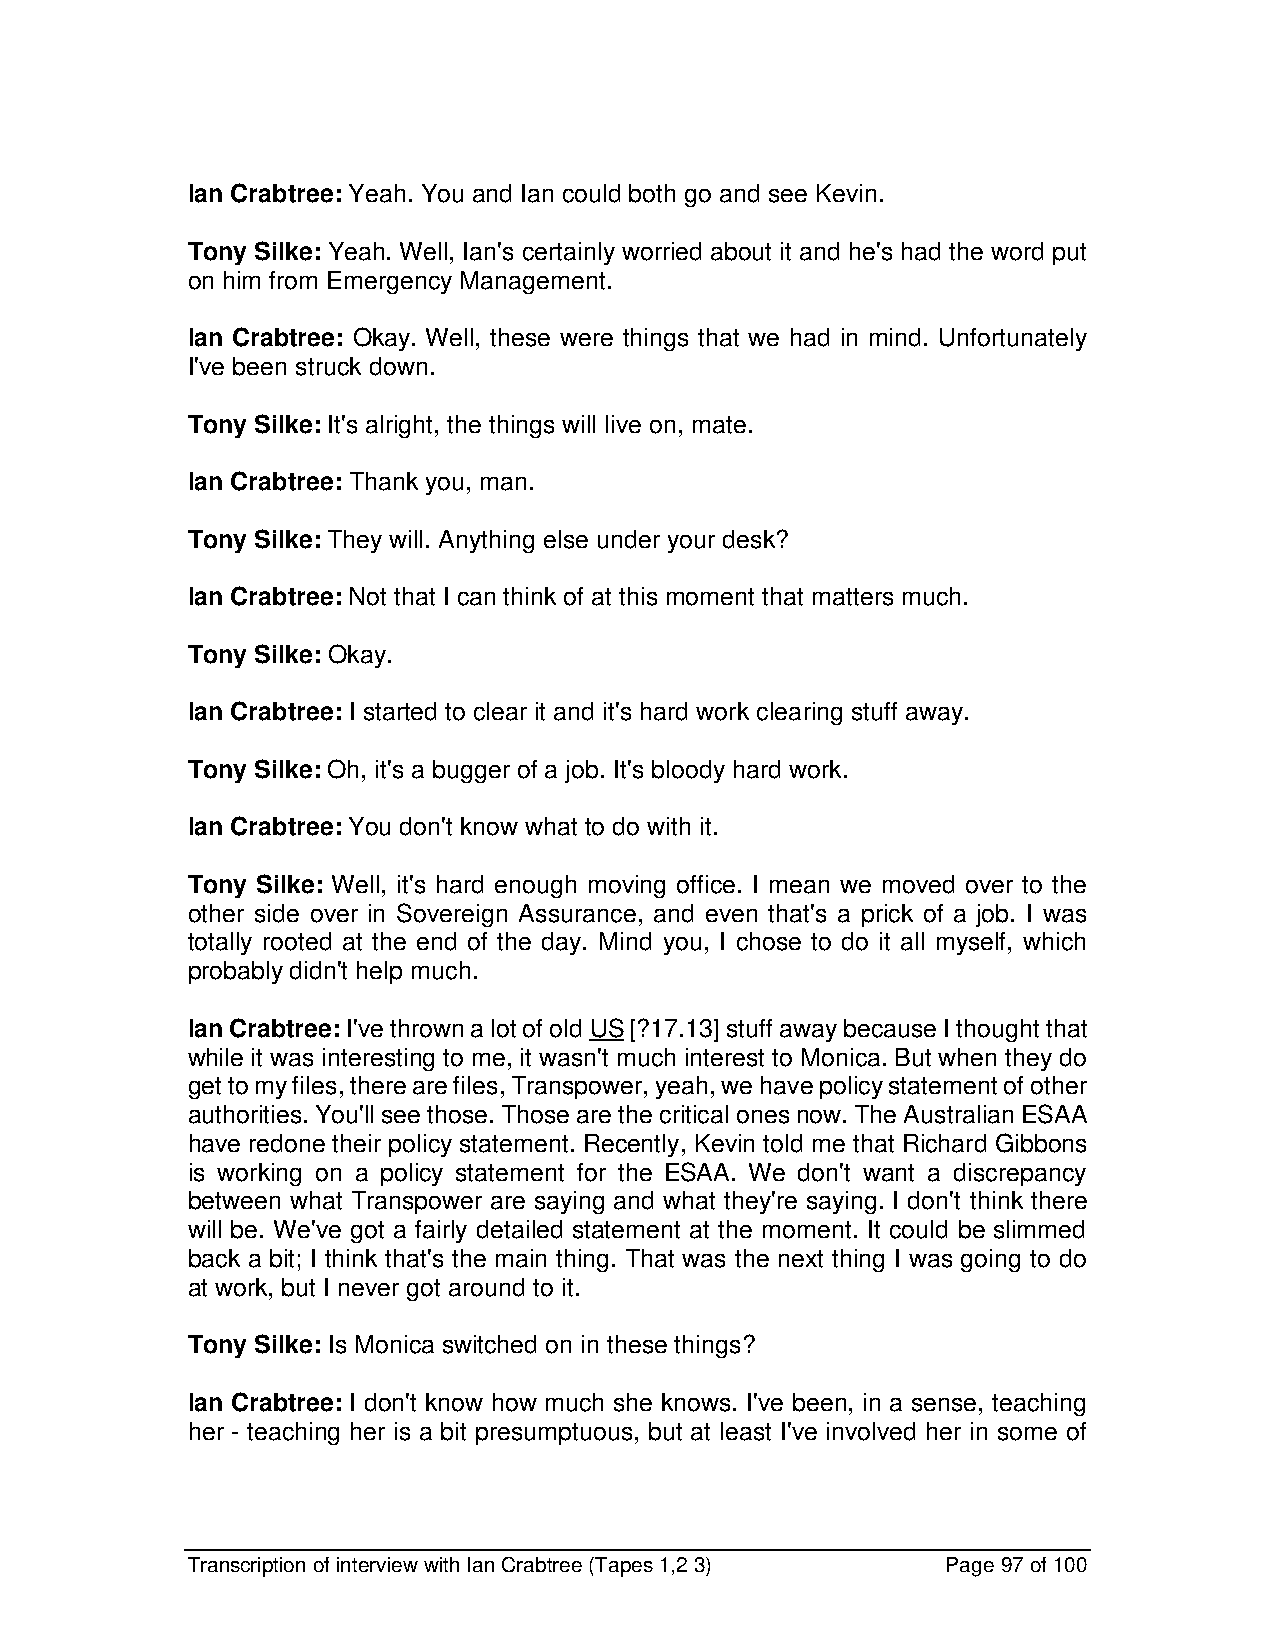
Ian Crabtree: Yeah. You and Ian could both go and see Kevin.
 Tony Silke: Yeah. Well, Ian's certainly worried about it and he's had the word put
 on him from Emergency Management.
 Ian Crabtree: Okay. Well, these were things that we had in mind. Unfortunately
 I've been struck down.
 Tony Silke: It's alright, the things will live on, mate.
 Ian Crabtree: Thank you, man.
 Tony Silke: They will. Anything else under your desk?
 Ian Crabtree: Not that I can think of at this moment that matters much.
 Tony Silke: Okay.
 Ian Crabtree: I started to clear it and it's hard work clearing stuff away.
 Tony Silke: Oh, it's a bugger of a job. It's bloody hard work.
 Ian Crabtree: You don't know what to do with it.
 Tony Silke: Well, it's hard enough moving office. I mean we moved over to the
 other side over in Sovereign Assurance, and even that's a prick of a job. I was
 totally rooted at the end of the day. Mind you, I chose to do it all myself, which
 probably didn't help much.
 Ian Crabtree: I've thrown a lot of old US [?17.13] stuff away because I thought that
 while it was interesting to me, it wasn't much interest to Monica. But when they do
 get to my files, there are files, Transpower, yeah, we have policy statement of other
 authorities. You'll see those. Those are the critical ones now. The Australian ESAA
 have redone their policy statement. Recently, Kevin told me that Richard Gibbons
 is working on a policy statement for the ESAA. We don't want a discrepancy
 between what Transpower are saying and what they're saying. I don't think there
 will be. We've got a fairly detailed statement at the moment. It could be slimmed
 back a bit; I think that's the main thing. That was the next thing I was going to do
 at work, but I never got around to it.
 Tony Silke: Is Monica switched on in these things?
 Ian Crabtree: I don't know how much she knows. I've been, in a sense, teaching
 her - teaching her is a bit presumptuous, but at least I've involved her in some of
 Transcription of interview with Ian Crabtree (Tapes 1,2 3) Page 97 of 100